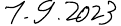
1.9.2023